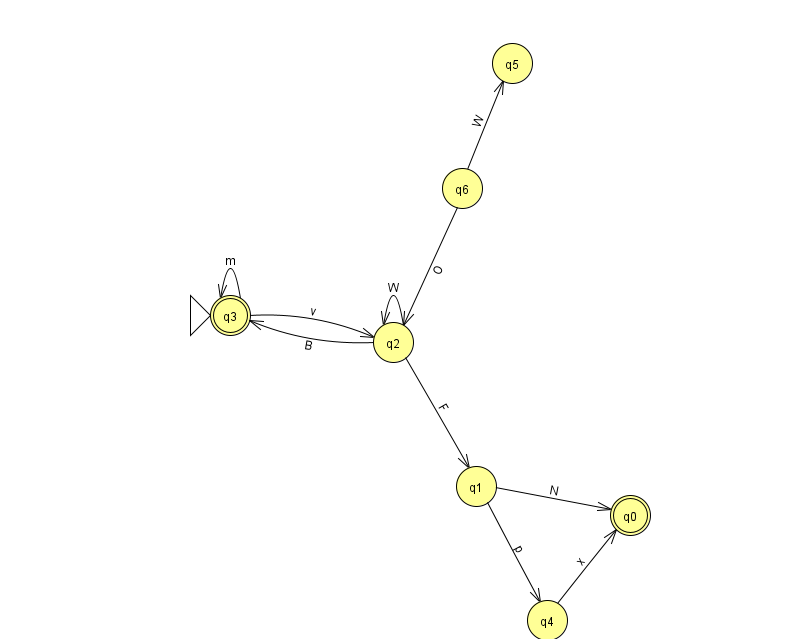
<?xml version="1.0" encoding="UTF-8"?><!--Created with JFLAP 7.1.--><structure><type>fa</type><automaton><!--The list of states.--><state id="0" name="q0"><x>630.0</x><y>502.0</y><final/></state><state id="1" name="q1"><x>476.0</x><y>473.0</y></state><state id="2" name="q2"><x>393.0</x><y>329.0</y></state><state id="3" name="q3"><x>230.0</x><y>302.0</y><initial/><final/></state><state id="4" name="q4"><x>547.0</x><y>607.0</y></state><state id="5" name="q5"><x>512.0</x><y>50.0</y></state><state id="6" name="q6"><x>462.0</x><y>175.0</y></state><!--The list of transitions.--><transition><from>2</from><to>1</to><read>F</read></transition><transition><from>1</from><to>4</to><read>p</read></transition><transition><from>2</from><to>2</to><read>W</read></transition><transition><from>4</from><to>0</to><read>x</read></transition><transition><from>6</from><to>5</to><read>W</read></transition><transition><from>3</from><to>2</to><read>v</read></transition><transition><from>6</from><to>2</to><read>O</read></transition><transition><from>1</from><to>0</to><read>N</read></transition><transition><from>2</from><to>3</to><read>B</read></transition><transition><from>3</from><to>3</to><read>m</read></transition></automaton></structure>